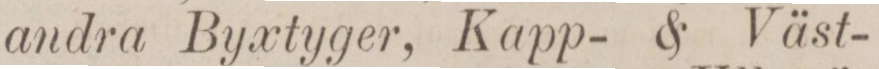
andra Byxtyger, Kapp- & Väst-